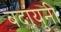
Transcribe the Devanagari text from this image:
बदांयुनी